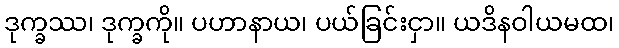
ဒုက္ခဿ၊ ဒုက္ခကို။ ပဟာနာယ၊ ပယ်ခြင်းငှာ။ ယဒိနဝါယမထ၊